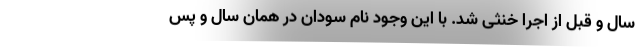
سال و قبل از اجرا خنثی شد. با این وجود نام سودان در همان سال و پس